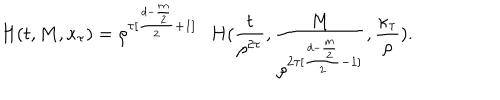
H ( t , M , \kappa _ { \tau } ) = \rho ^ { \tau [ \frac { d - \frac { m } { 2 } } { 2 } + 1 ] } \nonumber \, \; \; H ( \frac { t } { \rho ^ { 2 \tau } } , \frac { M } { \rho ^ { 2 \tau [ \frac { d - \frac { m } { 2 } } { 2 } - 1 ] } } , \frac { \kappa _ { \tau } } { \rho } ) .